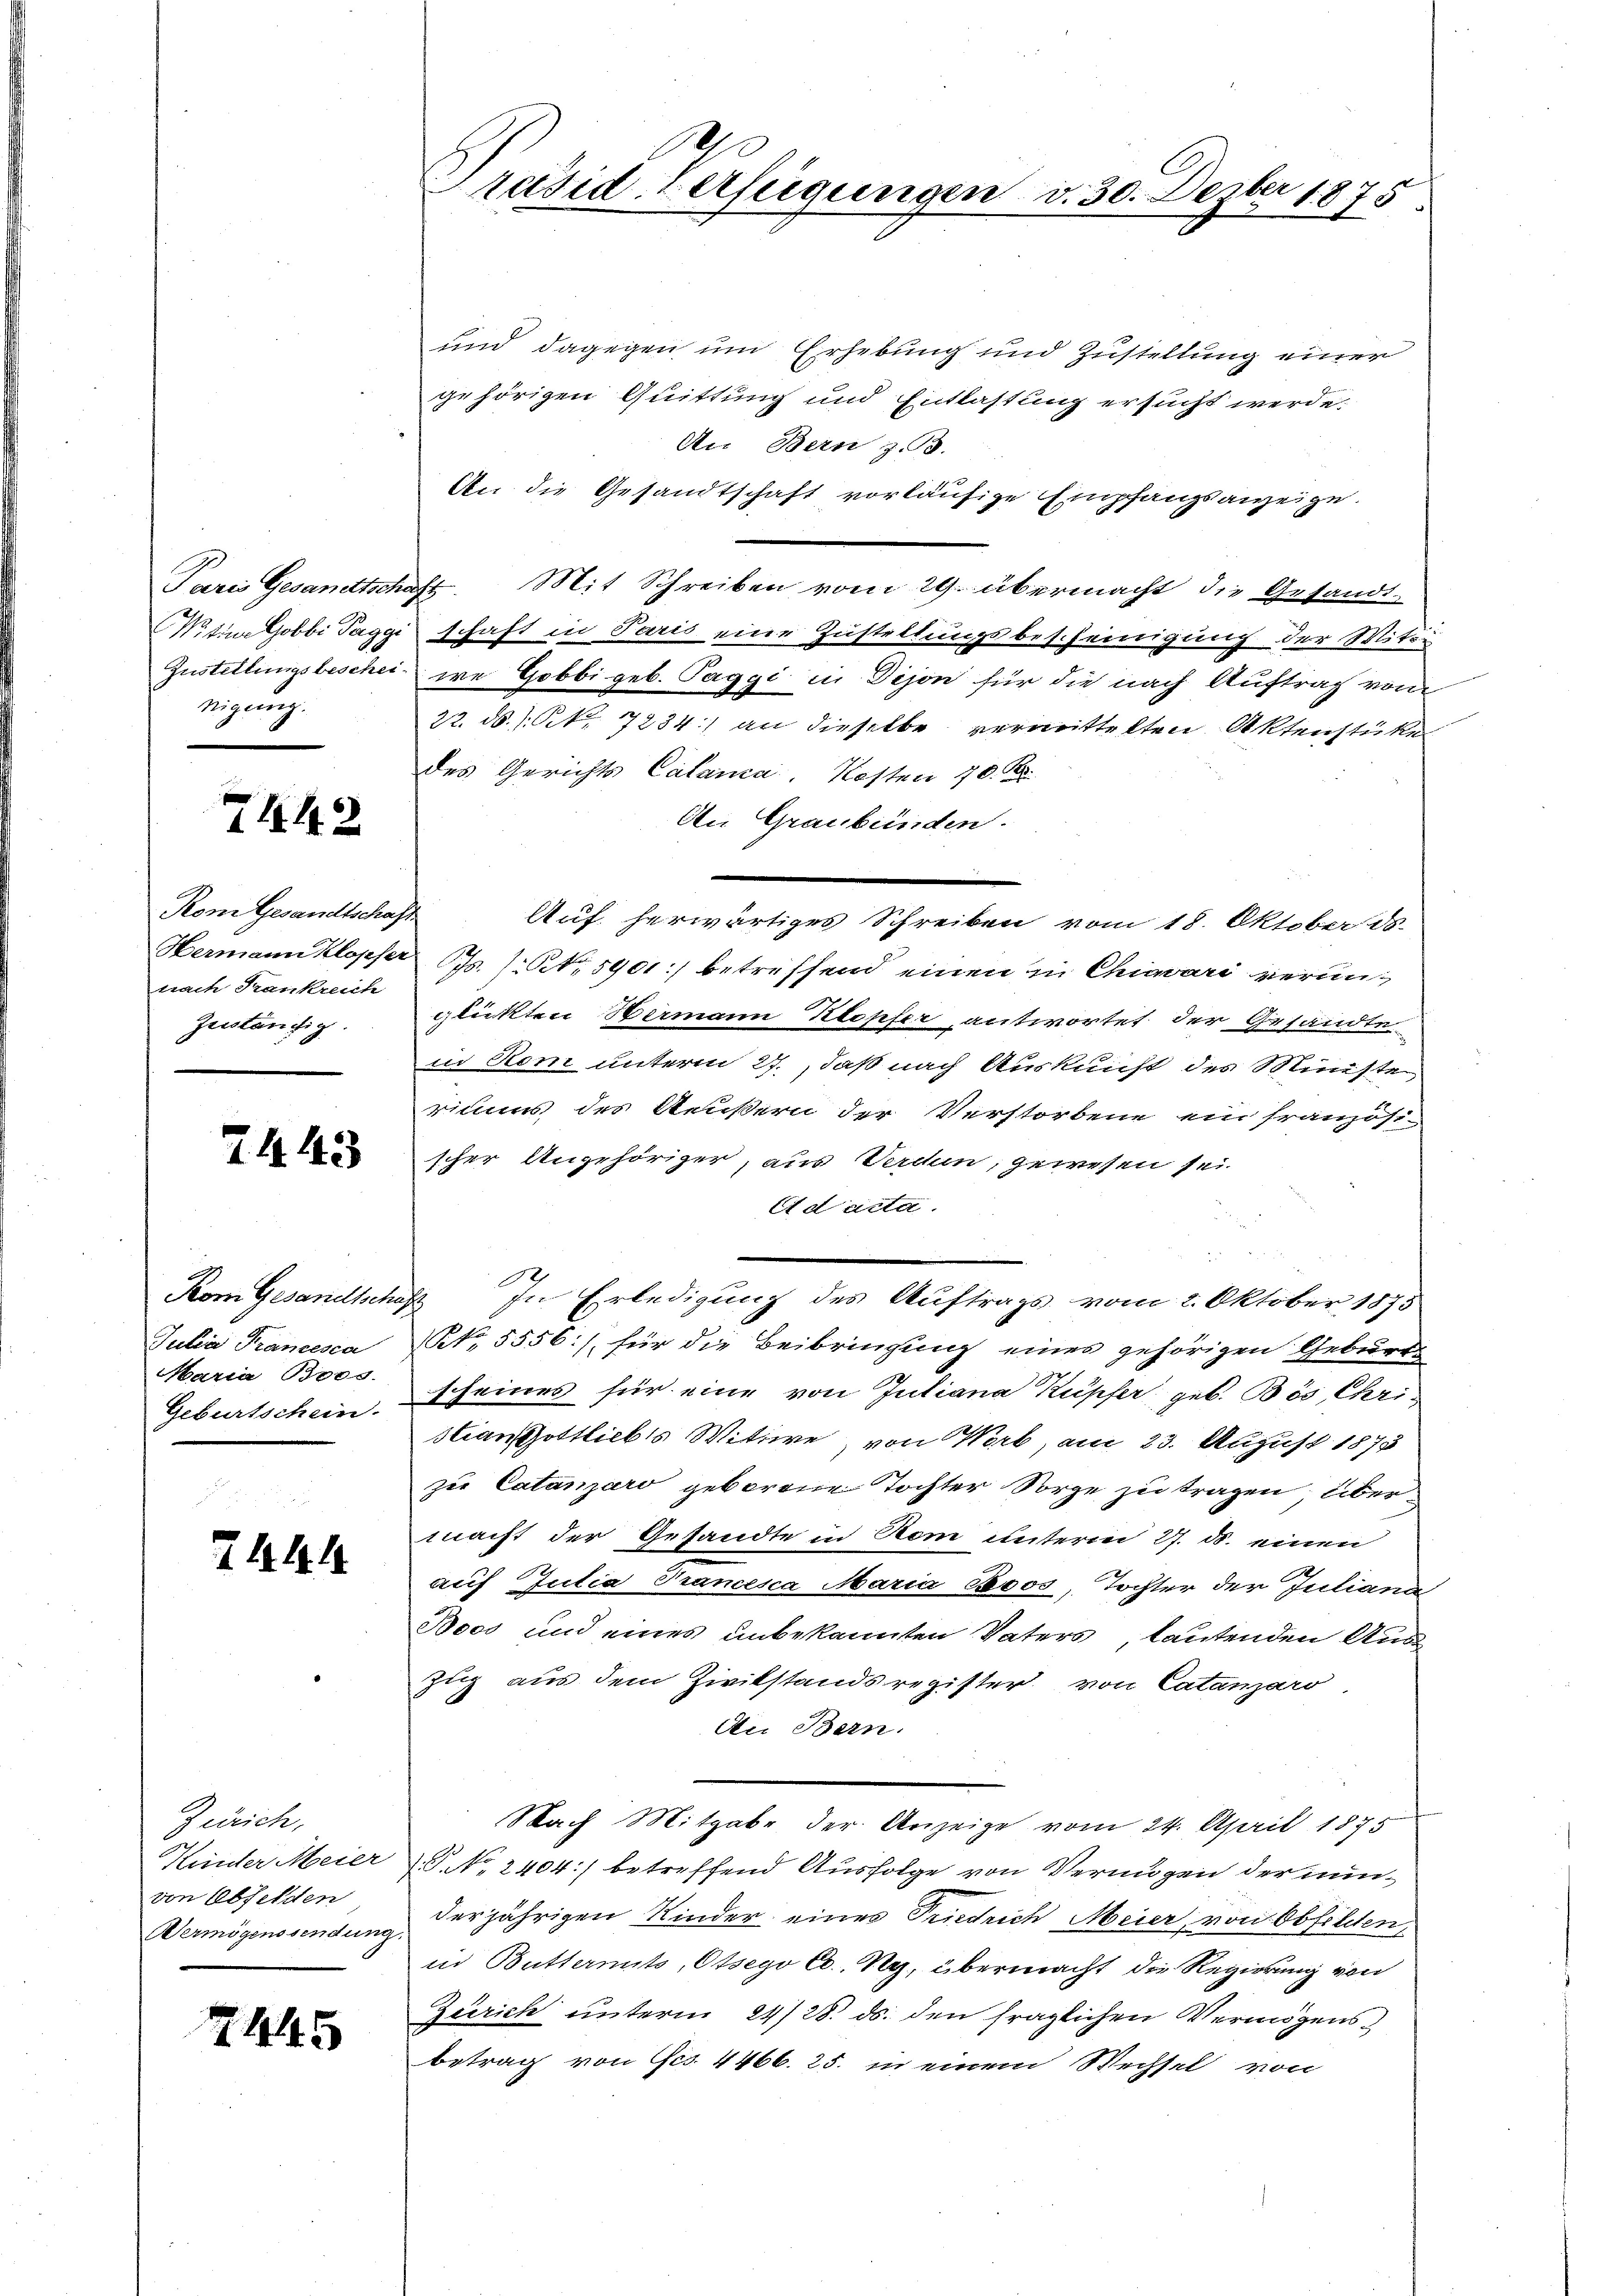
nigung.

7448

Kom Gesandtschaf
Hermann Klopfer
nach Frankreich
zeiständig.

7443

Kom Gesandtschaf
Julia Francesca
Maria Bros.
Geburtschein.

7AAh

Zürich,
Kunter Meier
von Abfelden
Vermögenssendung

7445

Präsiderfügungen v. 30. Dezber 1875

und dagegen um Erhebung und Zustellung einer
gehörigen Quittung und Entlastung ersucht werde.
An Bern z. B.
An die Gesandtschaft vorläufige Empfangsanzeige.
Paris Gesandtschaft. Mit Schreiben vom 29. übermacht die Gesandt¬
Wittwe Gobbi Taggi schaft in Paris eine Zustellungsbescheinigung der Mit-
Zustellungsbeschei we Gobbi geb. Paggi in Dijon für die nach Auftrag vom
22. ds. (N. 7284) an dieselbe vermittelten Aktenstüke
des Gerichts Calanca, Kosten 70. Kr.
An Graubünden.
Cts. (N. 5901) betreffend einen in Chivari veranglükten Bermann Klopfer antwortet der Gesandte
in Rom unterm 27., daß nach Auskunft des Münste
riums des Aeußern der Verstorbene ein französi-
scher Angehöriger, aus Verden, gewesen sei.
Ad acta.
.
In Erledigung des Auftrags vom 2. Oktober 1875
NNo. 5556:/ für die Beibringung eines gehörigen Geburts
scheines für eine von Juliana Kupfer geb. Bös Christiansittlichts Witwe von Wort, am 23. August 1873
zie Catanzaro geborene Tochter Sorge zu tragen, übermacht der Gesandte in Rom unterm 27. ds. einen
auf Julia Trancesca Maria Boos, Tochter der Juliana
Boos und eines unbekannten Vaters, lautenden Auszug aus dem Zivilstandsregister von Catanzaro
An Bern.
Nach Mitgabe der Anzeige vom 24. April 1875
.P. No 2404) betreffend Ausfolge von Vermögen der nunderjährigen Kinder eines Triedrich Meier, von Obfeldten,
in Buttermits, Otsego Co. Ny, übermacht die Regierung von
Zürich unterm 24/28. ds. den fraglichen Vermögensbetrag von Ges. 4466. 25. in einem Wechsel von

Auf herwärtiges Schreiben vom 18. Oktober ds.